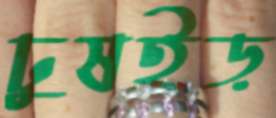
ঢুষইড়